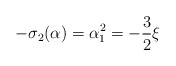
\begin{align*}- \sigma_2(\alpha) = \alpha^2_1 = - \frac32 \xi\end{align*}